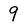
Character: 9